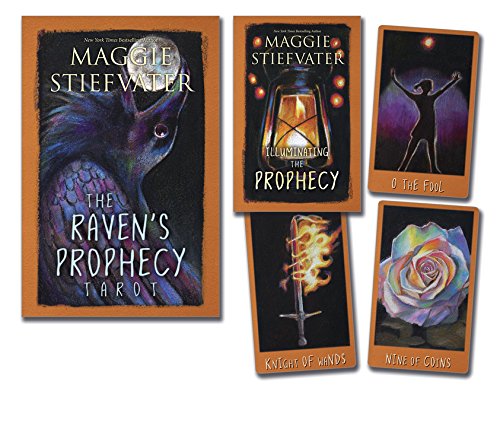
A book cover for The Raven's Prophecy Tarot; Maggie Stiefvater; Religion & Spirituality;